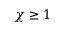
\chi \geq 1